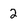
Character: 2